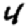
Digit: 4